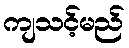
ကျသင့်မည်